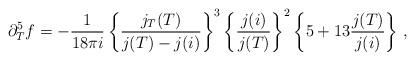
LaTeX: \begin{align*}\partial_T^5 f =-\frac{1}{18 \pi i}\left\{\frac{j_T(T)}{j(T)-j(i)}\right\}^3\left\{\frac{j(i)}{j(T)}\right\}^2 \left\{5+13\frac{j(T)}{j(i)}\right\}\, ,\end{align*}